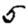
Digit: 5